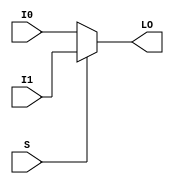
module MUXF7_L (LO, I0, I1, S);

    output LO;
    reg    LO;

    input  I0, I1, S;

	always @(I0 or I1 or S)
            if (S)
		LO = I1;
	    else
		LO = I0;
endmodule